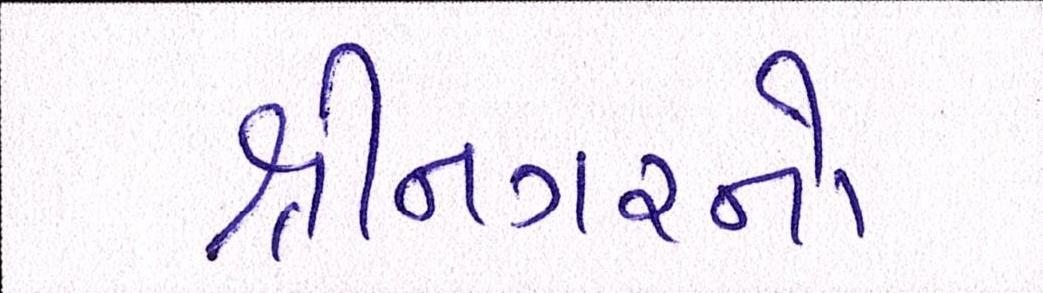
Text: શ્રીનગરનો